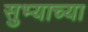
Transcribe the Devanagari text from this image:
सुभ्याच्या